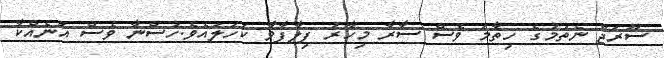
ސޫރަޖް ނެތުމުގެ ހިތާމަ ވެސް ސާރާ މިހާރު ފިލާފާވާ ކަހަލައެވެ.ހުސްނާ ވެސް އަނެއްކާ